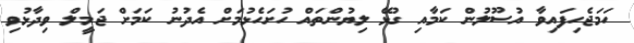
ހަމަޖެހިފައިވާ އުސޫލުން ކަމާއި ގުޅޭ ލިޔުންތައް ހުށަހެޅުމަށް އެދުނު ކަމަށް ޖަމީލް ވިދާޅުވި